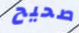
صحيح